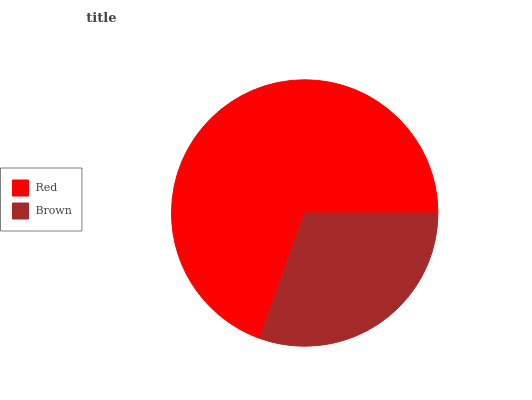
| Red | Brown |
 | --- | --- |
 | 69.5% | 30.5% |